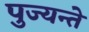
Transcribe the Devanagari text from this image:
पुज्यन्ते